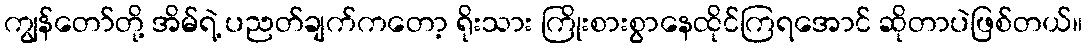
ကျွန်တော်တို့ အိမ်ရဲ့ ပညတ်ချက်ကတော့ ရိုးသား ကြိုးစားစွာနေထိုင်ကြရအောင် ဆိုတာပဲဖြစ်တယ်။